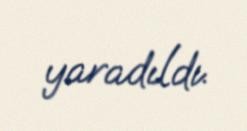
yaradıldı.